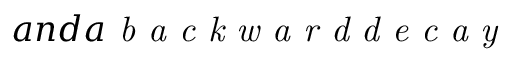
a n d a \textit { b a c k w a r d d e c a y }